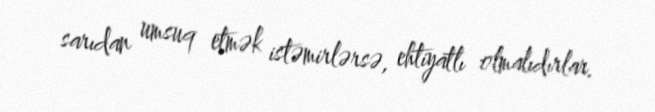
sarıdan umsuq etmək istəmirlərsə, ehtiyatlı olmalıdırlar.